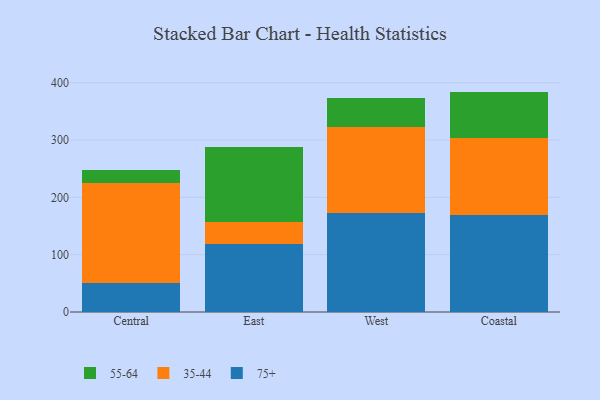
{"axis": {"x": "Region", "y": "Tickets Resolved"}, "legend": ["35-44", "55-64", "75+"], "data": [{"x": "Central", "y": 51.1, "type": "75+"}, {"x": "Central", "y": 173.5, "type": "35-44"}, {"x": "Central", "y": 23.6, "type": "55-64"}, {"x": "East", "y": 118.0, "type": "75+"}, {"x": "East", "y": 38.3, "type": "35-44"}, {"x": "East", "y": 132.0, "type": "55-64"}, {"x": "West", "y": 172.6, "type": "75+"}, {"x": "West", "y": 150.2, "type": "35-44"}, {"x": "West", "y": 50.1, "type": "55-64"}, {"x": "Coastal", "y": 169.7, "type": "75+"}, {"x": "Coastal", "y": 133.0, "type": "35-44"}, {"x": "Coastal", "y": 81.8, "type": "55-64"}]}